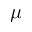
\mu